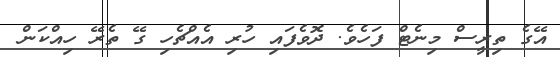
އޭގެ ތިރީސް މިނެޓް ފަހެވެ. ދޮވެފައި ހުރި އެއްޗެހި ގޭ ތެރޭ ހިއްކަން